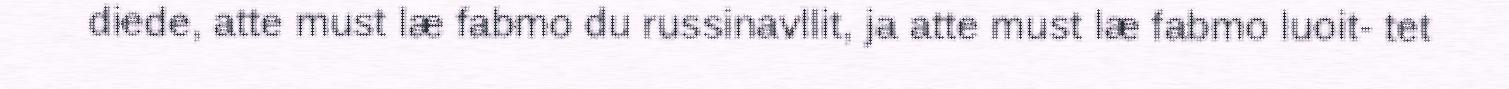
diede, atte must læ fabmo du russinavllit, ja atte must læ fabmo luoit- tet